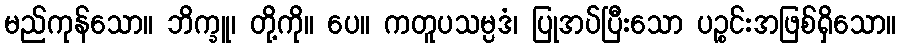
မည်ကုန်သော။ ဘိက္ခူ၊ တို့ကို။ ပေ။ ကတူပသမ္ပဒံ၊ ပြုအပ်ပြီးသော ပဉ္စင်းအဖြစ်ရှိသော။